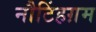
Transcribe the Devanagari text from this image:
नौटिंहग़म